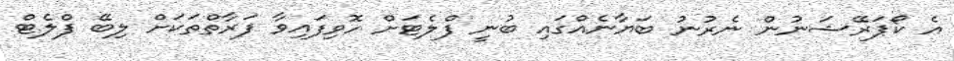
އެ ކޯޕަރޭޝަނުން ނެރުނު ބަޔާނެއްގައި ބުނީ ފްލެޓަށް ހޮވިފައިވާ ފަރާތްތަކަށް ލިބޭ ފްލެޓް